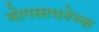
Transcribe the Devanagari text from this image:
योगसाधनेच्या